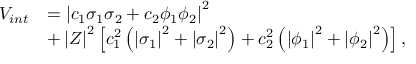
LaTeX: \begin{array} { l l } { { V _ { i n t } } } & { { = \left| c _ { 1 } \sigma _ { 1 } \sigma _ { 2 } + c _ { 2 } \phi _ { 1 } \phi _ { 2 } \right| ^ { 2 } } } \\ { { } } & { { + \left| Z \right| ^ { 2 } \left[ c _ { 1 } ^ { 2 } \left( \left| \sigma _ { 1 } \right| ^ { 2 } + \left| \sigma _ { 2 } \right| ^ { 2 } \right) + c _ { 2 } ^ { 2 } \left( \left| \phi _ { 1 } \right| ^ { 2 } + \left| \phi _ { 2 } \right| ^ { 2 } \right) \right] , } } \end{array}